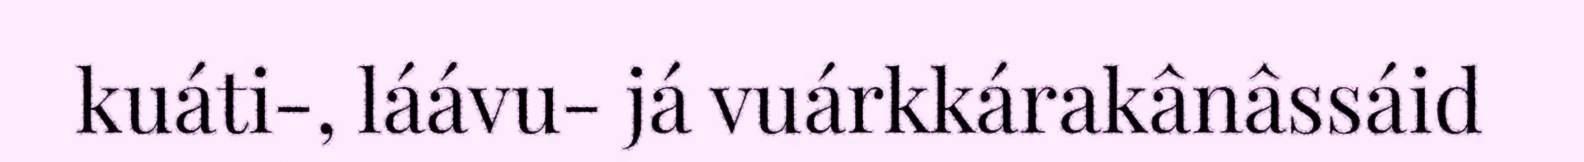
kuáti-, láávu- já vuárkkárakânâssáid